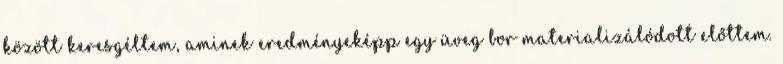
között keresgéltem, aminek eredményeképp egy üveg bor materializálódott előttem.